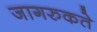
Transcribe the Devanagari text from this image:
जागरुकते